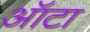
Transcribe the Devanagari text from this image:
ऑटा